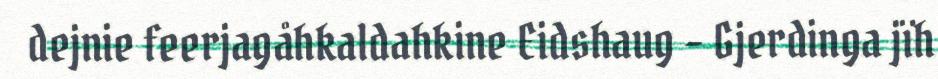
dejnie feerjagåhkaldahkine Eidshaug – Gjerdinga jïh